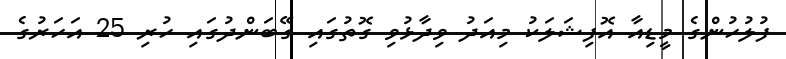
ފުލުހުންގެ މީޑިއާ އޮފިޝަލަކު މިއަދު ވިދާޅުވި ގޮތުގައި ގޭބަންދުގައި ހުރި 25 އަހަރުގެ